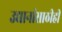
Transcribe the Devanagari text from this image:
उद्यानांसाठीही